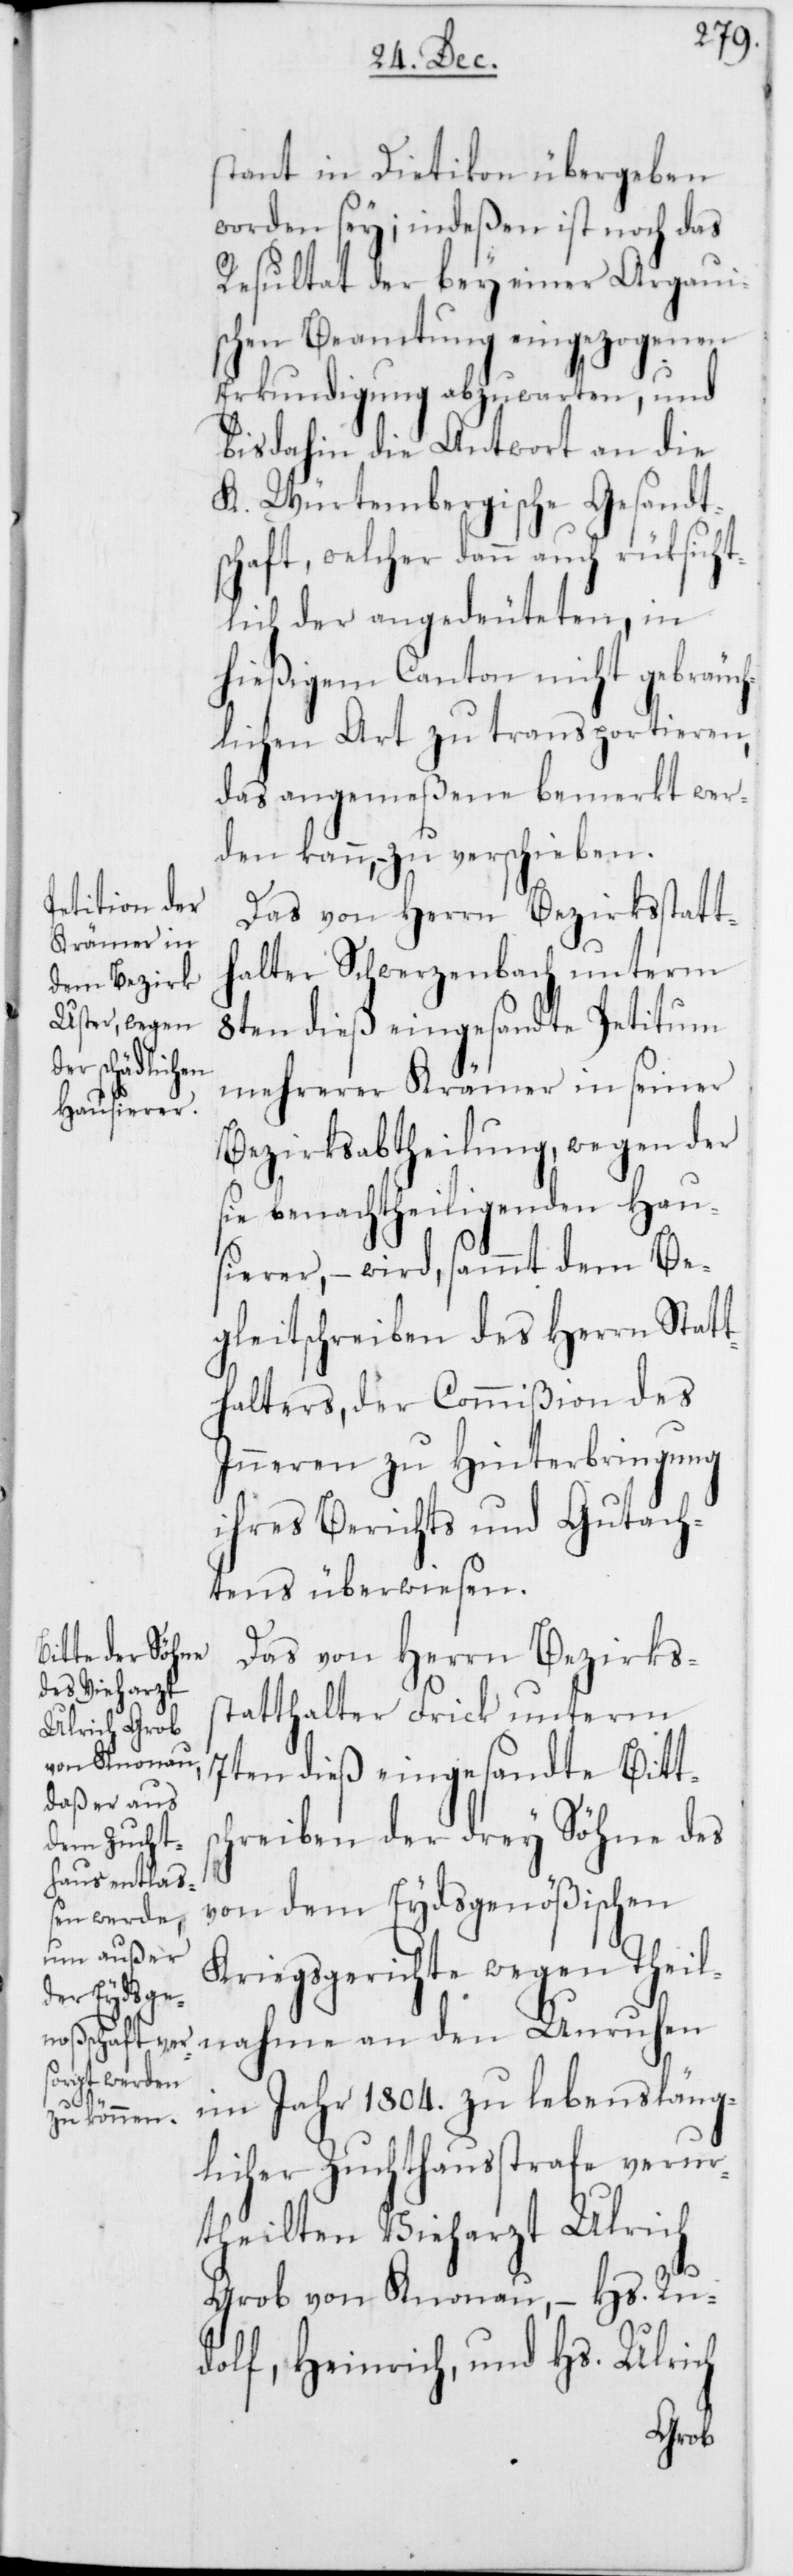
stant in Dietikon übergeben
worden sey; indeßen ist noch das
Resultat der bey einer Argaui¬
schen Beamtung eingezogenen
Erkundigung abzuwarten, und
bis dahin die Antwort an die
K. Würtembergische Gesandts¬
chaft, welcher dann auch rüksicht¬
lich der angedeuteten, in
hießigem Canton nicht gebräuch¬
lichen Art zu transportieren,
das angemeßene bemerkt wer¬
den kann, zu verschieben.
Das von Herrn Bezirksstatt¬
halter Schwerzenbach unterm
8ten dieß eingesandte Petitum
mehrerer Krämer in seiner
Bezirksabtheilung, wegen der
sie benachtheiligenden Haus¬
ierer, – wird, sammt dem Be¬
gleitschreiben des Herrn Stat¬
thalters, der Commißion des
Inneren zu Hinterbringung
ihres Berichts und Gutach¬
tens überwiesen.
Das von Herrn Bezirks¬
statthalter Frick unterm
7ten dieß eingesandte Bitts¬
chreiben der drey Söhne des
von dem Eydsgenößischen
Kriegsgerichte wegen Theil¬
nahme an den Unruhen
im Jahr 1804. zu lebensläng¬
licher Zuchthausstrafe verur¬
theilten Vieharzt Ulrich
Grob von Knonau, – Hs. Ru¬
dolf, Heinrich, und Hs. Ulrich